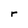
Character: r